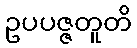
ဥပပဇ္ဇတူတိ